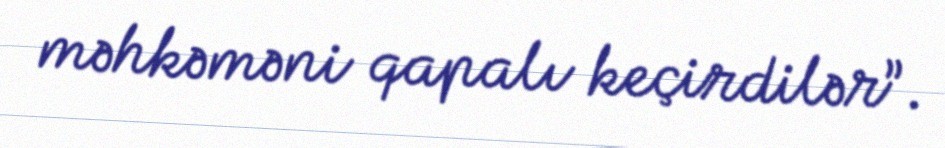
məhkəməni qapalı keçirdilər”.